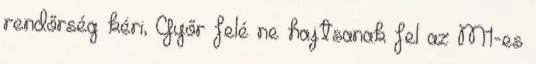
rendőrség kéri, Győr felé ne hajtsanak fel az M1-es